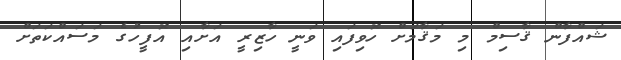
ޝައްފާން ޤާސިމް މި މަޤާމަށް ހޮވިފައި ވަނީ ހާޒިރީ އަށާއި އޮފީހުގެ މަސައްކަތަށް